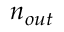
n _ { o u t }